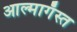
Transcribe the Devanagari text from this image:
आल्मागॅस्त